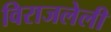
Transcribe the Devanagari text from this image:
विराजलेली